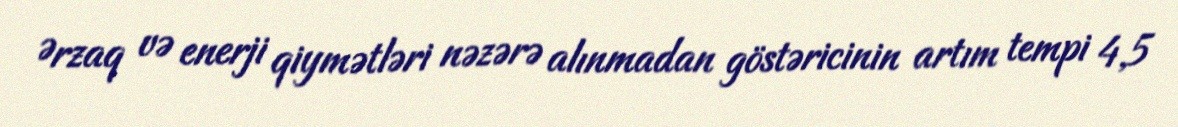
Ərzaq və enerji qiymətləri nəzərə alınmadan göstəricinin artım tempi 4,5